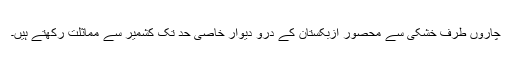
چاروں طرف خشکی سے محصور ازبکستان کے درو دیوار خاصی حد تک کشمیر سے مماثلت رکھتے ہیں۔